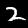
Digit: 2